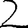
Digit: 2